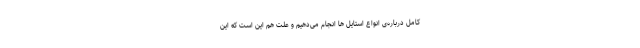
کامل درباره‌ی انواع استایل ها انجام می‌دهیم و علت هم این است که این